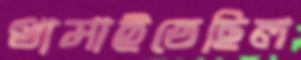
থামাইতেছিল